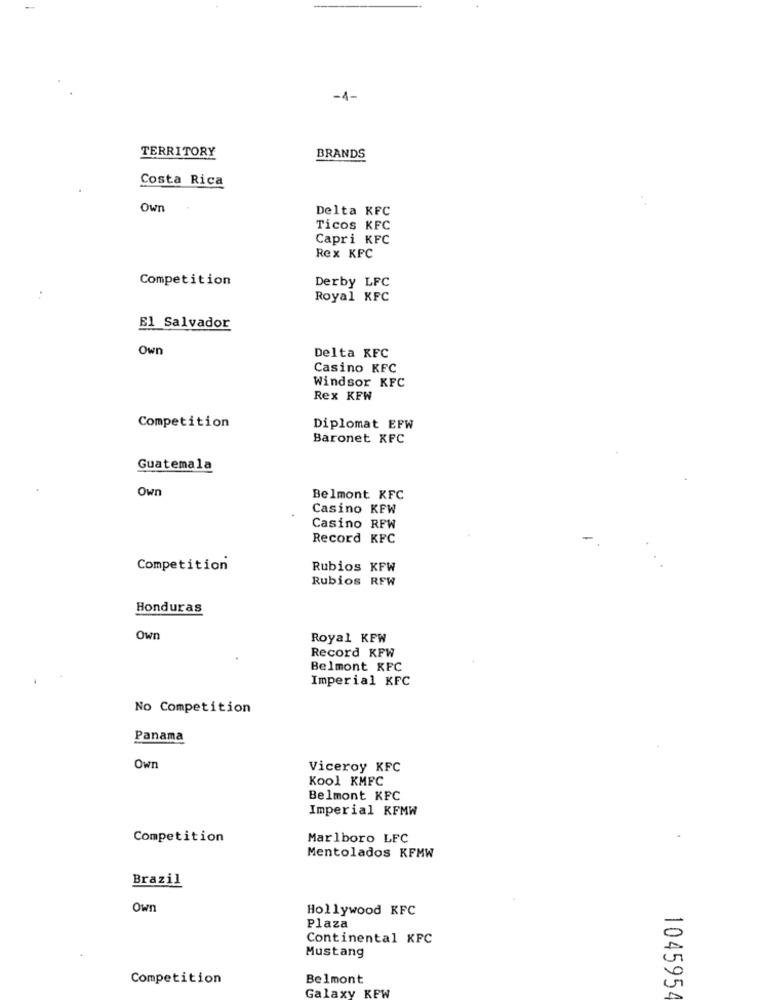
-1-
TERRITORY
BRANDS
Costa Rica
Own
Delta KFC
Ticos KFC
Capri KFC
Rex KFC
Competition
Derby LFC
Royal KFC
El Salvador
Own
Delta KFC
Casino KFC
Windsor KFC
Rex KFW
Competition
Diplomat EFW
Baronet KFC
Guatemala
Own
Belmont KFC
Casino KFW
Casino RFW
Record KFC
Competition
Rubios KFW
Rubios RFW
Honduras
Own
Royal KFW
Record KFW
Belmont KFC
Imperial KFC
No Competition
Panama
Own
Viceroy KFC
Kool KMFC
Belmont KFC
Imperial KFMW
Competition
Marlboro LFC
Mentolados KFMW
Brazil
Own
Hollywood KFC
Plaza
Continental KFC
Mustang
Competition
Belmont
Galaxy KEW
1045954